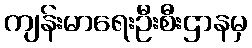
ကျန်းမာရေးဦးစီးဌာနမှ